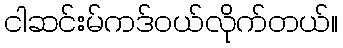
ငါဆင်းမ်ကဒ်ဝယ်လိုက်တယ်။